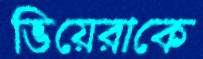
ভিয়েরাকে